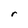
Character: r